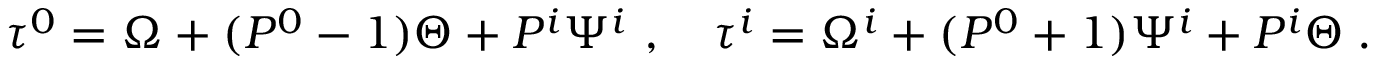
\tau ^ { 0 } = \Omega + ( P ^ { 0 } - 1 ) \Theta + P ^ { i } \Psi ^ { i } ~ , \quad \tau ^ { i } = \Omega ^ { i } + ( P ^ { 0 } + 1 ) \Psi ^ { i } + P ^ { i } \Theta \; .